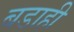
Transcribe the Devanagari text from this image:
बडाही